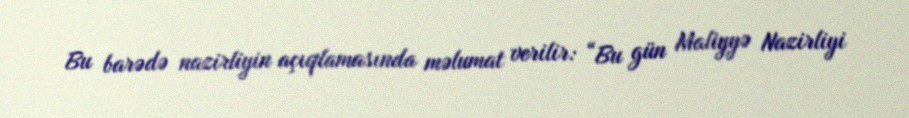
Bu barədə nazirliyin açıqlamasında məlumat verilir: “Bu gün Maliyyə Nazirliyi